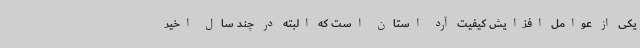
یکی از عوامل افزایش کیفیت آرد استان است که البته در چند سال اخیر